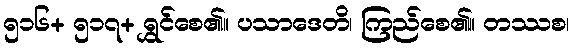
၅၁၆+ ၅၁၇+ ရွှင်စေ၏။ ပသာဒေတိ၊ ကြည်စေ၏။ တဿစ၊